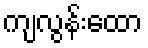
ကျလွန်းထော